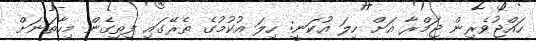
ހައްޖުވެރިން ޖަމްރާ އަށް ހިލަ އުކަނީ: ހިލަ އުކުމުގެ ތެރޭގައި ފިތިގެން މިހާތަނަށް